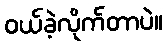
ဝယ်ခဲ့လိုက်တာပဲ။